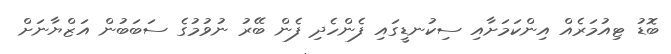
ބޮޑު ޓިއުމަރެއް އިންކަމަށާއި ސިކުނޑީގައި ފެންހެދި ފެން ބޭރު ނުވުމުގެ ސަބަބުން އަޒްޔާނަށް